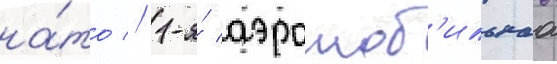
на́то // 1-я́ аэромоб'ильнаа